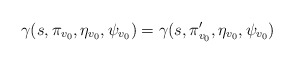
\begin{align*}\gamma(s,\pi_{v_0},\eta_{v_0},\psi_{v_0})=\gamma(s,\pi'_{v_0},\eta_{v_0},\psi_{v_0})\end{align*}